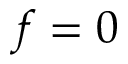
f = 0